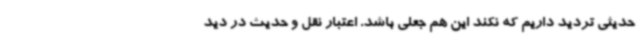
حدیثی تردید داریم که نکند این هم جعلی باشد. اعتبار نقل و حدیث در دید